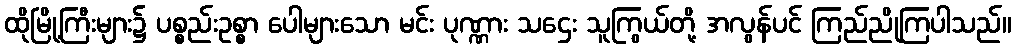
ထိုမြို့ကြီးများ၌ ပစ္စည်းဥစ္စာ ပေါများသော မင်း ပုဏ္ဏား သဌေး သူကြွယ်တို့ အလွန်ပင် ကြည်ညိုကြပါသည်။